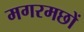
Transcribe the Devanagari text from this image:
मगरमछों